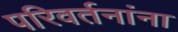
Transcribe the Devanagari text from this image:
परिवर्तनांना